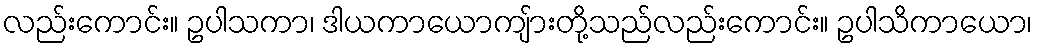
လည်းကောင်း။ ဥပါသကာ၊ ဒါယကာယောကျ်ားတို့သည်လည်းကောင်း။ ဥပါသိကာယော၊